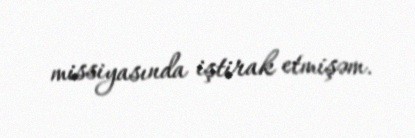
missiyasında iştirak etmişəm.